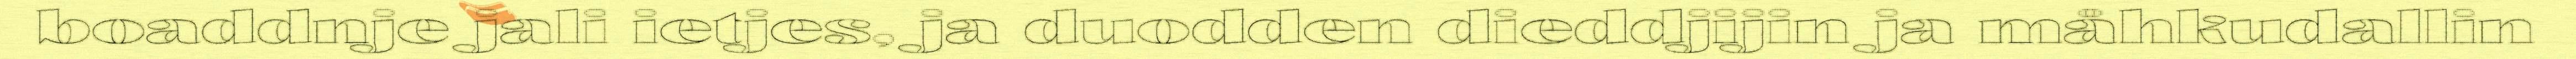
boaddnje jali ietjes, ja duodden dieddjijin ja måhkudallin